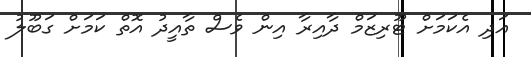
އަދި އެކަމަށް ޓޫރިޒަމް ދާއިރާ އިން ވެސް ތާއީދު އޮތް ކަމަށް ގަބޫލު